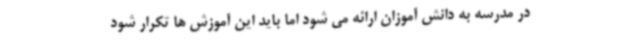
در مدرسه به دانش آموزان ارائه می شود اما باید این آموزش ها تکرار شود